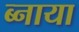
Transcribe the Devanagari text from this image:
ब्नाया